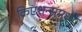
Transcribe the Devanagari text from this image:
क्रिएशन्समध्ये